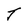
Character: T